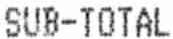
SUB-TOTAL